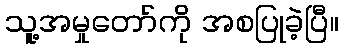
သူ့အမှုတော်ကို အစပြုခဲ့ပြီ။